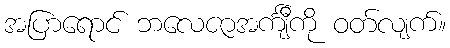
အပြာရောင် ဘလေဇာအင်္ကျီကို ဝတ်လျက်။